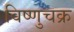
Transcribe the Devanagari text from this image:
विष्णुचक्र